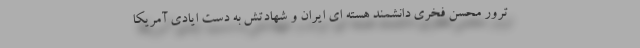
ترور محسن فخری دانشمند هسته ای ایران و شهادتش به دست ایادی آمریکا